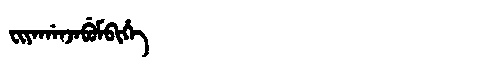
Manchu: ᠸᡳᠶᠠᡤᠠᠨᠵᠠᠪᡠᠮᠪᡳᡥᡝ
Romanization: FIYAGANJABUMBIHE